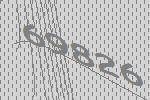
69826